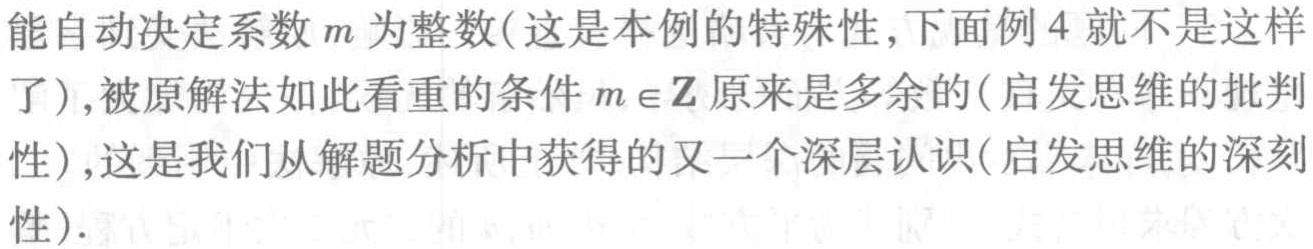
能自动决定系数\(m\)为整数(这是本例的特殊性,下面例4就不是这样了),被原解法如此看重的条件\(m \in \mathbb{Z}\)原来是多余的(启发思维的批判性),这是我们从解题分析中获得的又一个深层认识(启发思维的深刻性).